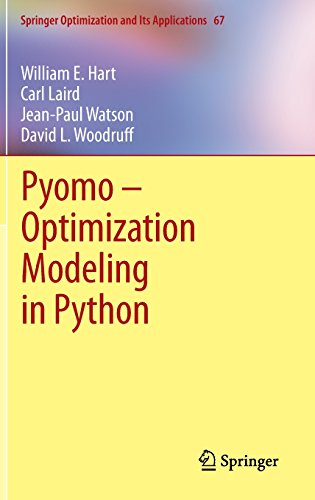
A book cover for Pyomo - Optimization Modeling in Python (Springer Optimization and Its Applications, Vol. 67); William E. Hart; Computers & Technology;